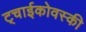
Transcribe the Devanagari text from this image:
ट्चाईकोवस्की